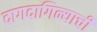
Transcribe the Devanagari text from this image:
दागदागिन्याची